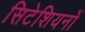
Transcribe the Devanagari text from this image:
सिटेशियनों